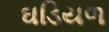
ઘડિયળ